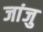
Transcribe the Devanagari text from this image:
जांजु